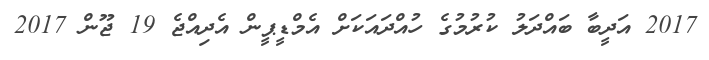
2017 އަދީބާ ބައްދަލު ކުރުމުގެ ހުއްދައަކަށް އެމްޑީޕީން އެދިއްޖެ 19 ޖޫން 2017